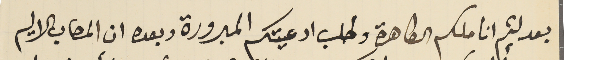
بعد لثم اناملكم الطاهرة وطلب ادعيتكم المبرورة وبعده ان المصاب الاليم